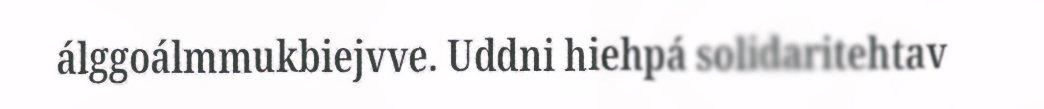
álggoálmmukbiejvve. Uddni hiehpá solidaritehtav